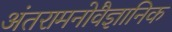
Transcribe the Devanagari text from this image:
अंतरामनोवैज्ञानिक